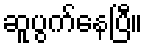
ဆူပွက်နေပြီ။